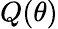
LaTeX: Q(\theta)